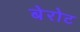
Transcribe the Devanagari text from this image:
बेरोट